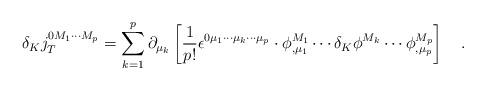
LaTeX: \begin{align*}\delta _Kj_T^{0M_1\cdots M_p}=\sum_{k=1}^p\partial _{\mu_k}\left[ \frac 1{p!}\epsilon ^{0\mu _1\cdots \mu _k\cdots \mu _p}\cdot \phi_{,\mu _1}^{M_1}\cdots \delta _K\phi ^{M_k}\cdots \phi _{,\mu_p}^{M_p}\right] \quad .\end{align*}